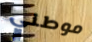
موطني